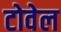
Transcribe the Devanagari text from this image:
टोवेल